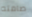
صامته